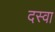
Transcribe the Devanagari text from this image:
दस्वा